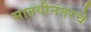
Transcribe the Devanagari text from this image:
सातवीनंतरचे